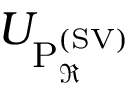
U _ { \mathrm { P _ { \mathbb { \Re } } ^ { ( \mathrm { S V } ) } } }